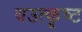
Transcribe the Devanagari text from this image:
वउत्कृष्ट